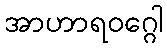
အာဟာရဝဂ္ဂေါ